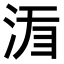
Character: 𣵍